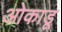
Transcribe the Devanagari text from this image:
ओकाडू